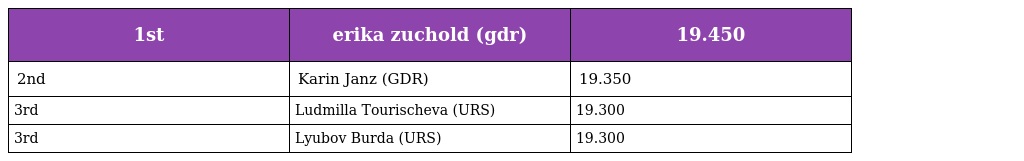
| 1st | erika zuchold (gdr) | 19.450 |
 | --- | --- | --- |
 | 2nd | Karin Janz (GDR) | 19.350 |
 | 3rd | Ludmilla Tourischeva (URS) | 19.300 |
 | 3rd | Lyubov Burda (URS) | 19.300 |